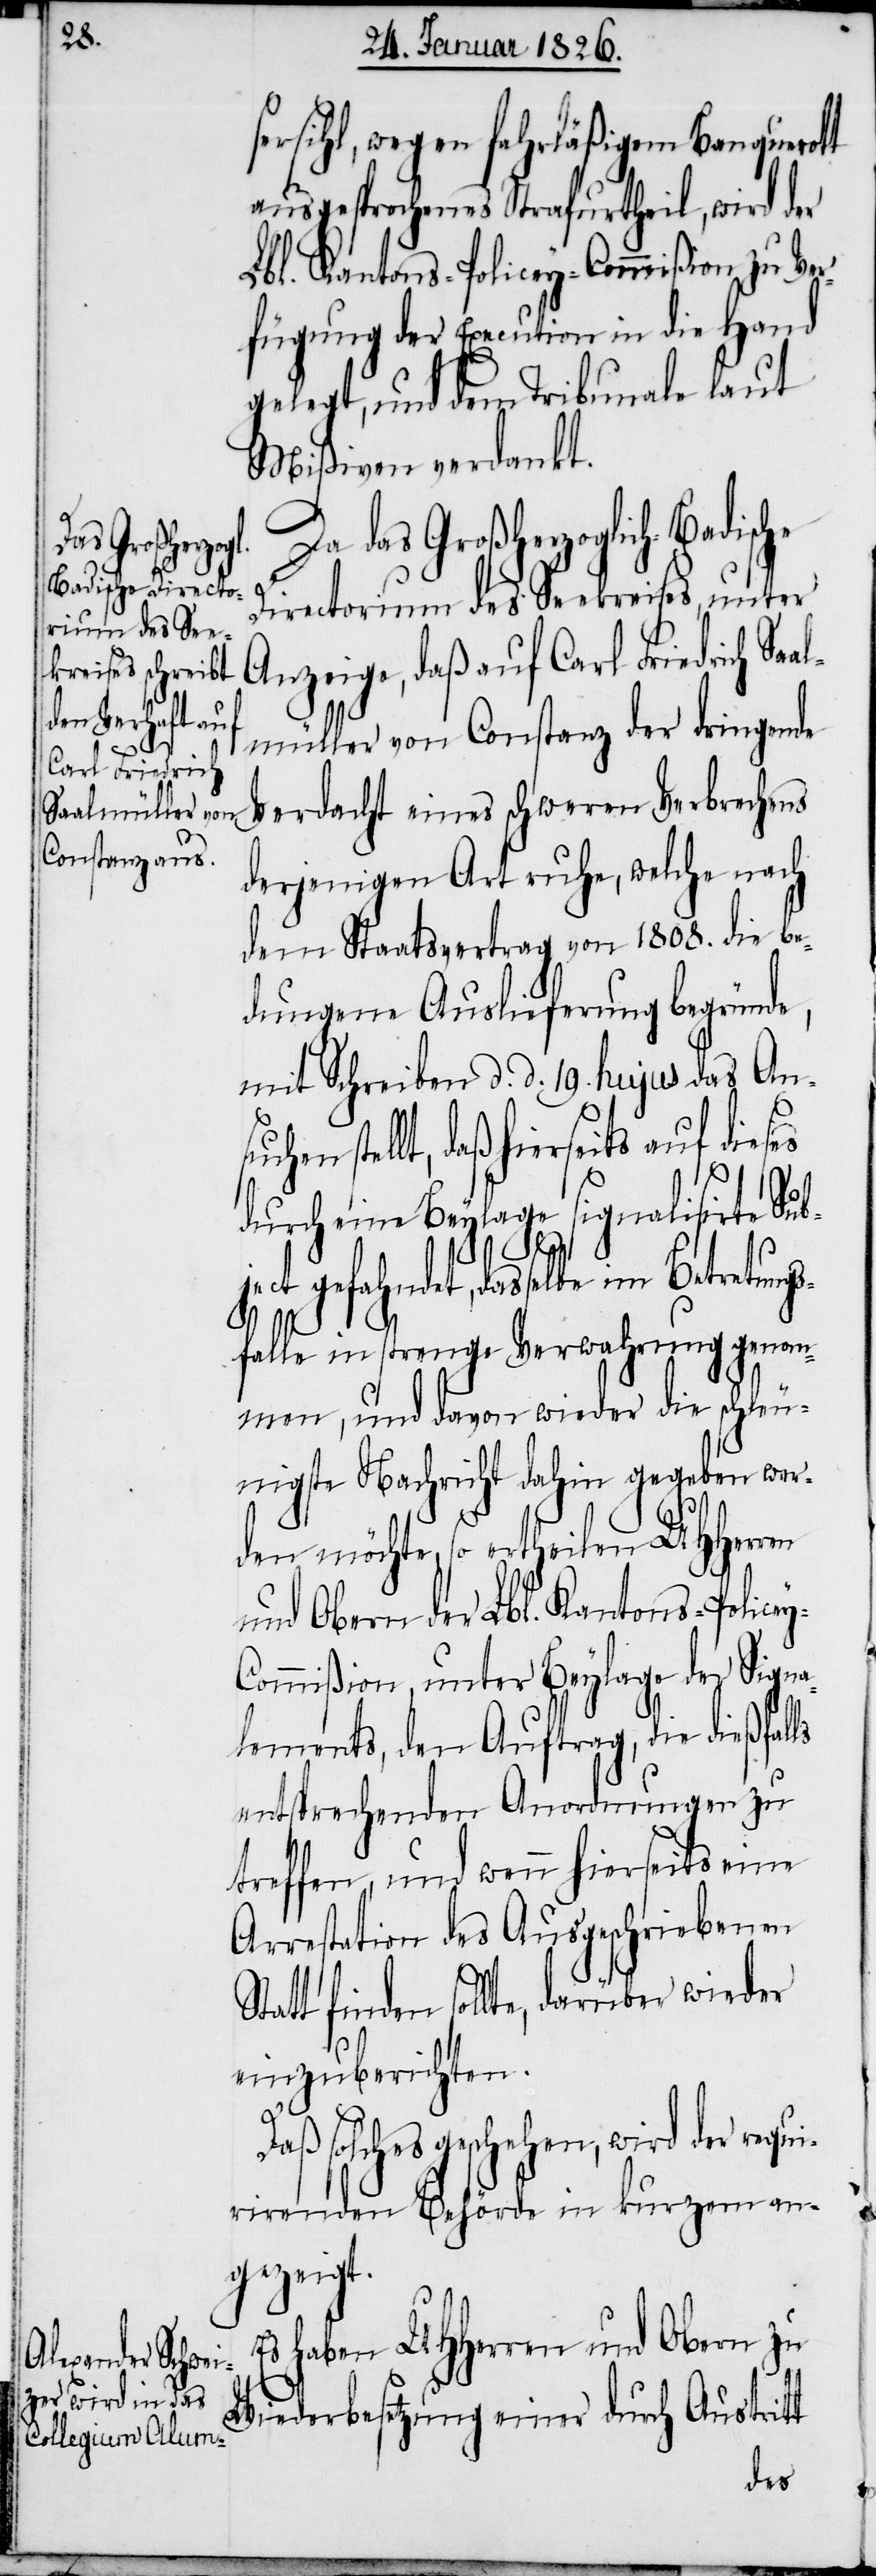
suchen

sersihl, wegen fahrläßigem Banquerott
ausgesprochenes Strafurtheil, wird der
Lbl. Kantons-Policey-Commißion zu Ver¬
fügung der Execution in die Hand
gelegt, und dem Tribunale laut
Mißiven verdankt.
Da das Großherzoglich-Badische
Directorium des Seekreises, unter
Anzeige, daß auf Carl Friedrich Sa¬
müller von Constanz der dringende
Verdacht eines schweren Verbrechens
derjenigen Art ruhe, welche nach
dem Staatsvertrag von 1808. die be¬
dungene Auslieferung begründe,
mit Schreiben d. d. 19. hujus das An¬
stellt, daß hierseits auf dieses
durch eine Beylage signalisirte Sub¬
ject gefahndet, dasselbe im Betretungs¬
ls
falle in strenge Verwahrung genom¬
men, und davon wieder die schleu¬
nigste Nachricht dahin gegeben wer¬
den möchte, so ertheilen UHHerren
und Obern der Lbl. Kantons-Police¬
ommißion, unter Beylage der Signa¬
lements, den Auftrag, die dießfal¬
entsprechenden Anordnungen zu
treffen, und wenn hierseits eine
Arrestation des ausgeschriebenen
Statt finden sollte, darüber wieder
einzuberichten.
Daß solches geschehen, wird der requ¬
irirenden Behörde in kurzem an¬
gezeigt.
Es haben UHHerren und Obern zu
Wiederbesetzung einer durch Austritt